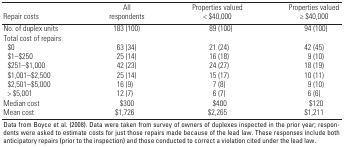
<table><thead><tr><td><b>Repair costs</b></td><td><b>All respondents</b></td><td><b>Properties valued &lt; $40,000</b></td><td><b>Properties valued ≥ $40,000</b></td></tr></thead><tbody><tr><td>No. of duplex units</td><td></td><td>183 (100)</td><td></td><td>89 (100)</td><td></td><td>94 (100)</td></tr><tr><td>Total cost of repairs</td><td></td><td></td><td></td><td></td><td></td><td></td></tr><tr><td>$0</td><td></td><td>63 (34)</td><td></td><td>21 (24)</td><td></td><td>42 (45)</td></tr><tr><td>$1–$250</td><td></td><td>25 (14)</td><td></td><td>16 (18)</td><td></td><td>9 (10)</td></tr><tr><td>$251–$1,000</td><td></td><td>42 (23)</td><td></td><td>24 (27)</td><td></td><td>18 (19)</td></tr><tr><td>$1,001–$2,500</td><td></td><td>25 (14)</td><td></td><td>15 (17)</td><td></td><td>10 (11)</td></tr><tr><td>$2,501–$5,000</td><td></td><td>16 (9)</td><td></td><td>7 (8)</td><td></td><td>9 (10)</td></tr><tr><td>&gt; $5,001</td><td></td><td>12 (7)</td><td></td><td>6 (7)</td><td></td><td>6 (6)</td></tr><tr><td>Median cost</td><td></td><td> $300</td><td></td><td> $400</td><td></td><td> $120</td></tr><tr><td>Mean cost</td><td></td><td>$1,726</td><td></td><td>$2,265</td><td></td><td>$1,211</td></tr><tr><td colspan="7">Data from Boyce et al. (2008). Data were taken from surveyof owners of duplexes inspected in the prior year; respondents wereasked to estimate costs for just those repairs made because of the leadlaw. These responses include both anticipatory repairs (prior to theinspection) and those conducted to correct a violation cited under thelead law.</td></tr></tbody></table>